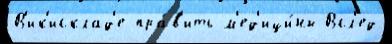
В'ик'исклад'е пра́в'ить м'ед'ици́ны Всл'ед